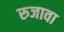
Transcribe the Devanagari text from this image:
रुजावा